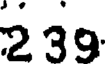
239